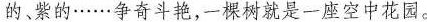
的。紫的……争奇斗艳，一棵树就是一座空中花园。